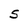
Character: S